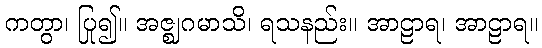
ကတွာ၊ ပြု၍။ အဇ္ဈဂမာသိ၊ ရသနည်း။ အာဠာရ၊ အာဠာရ။